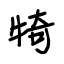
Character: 犄